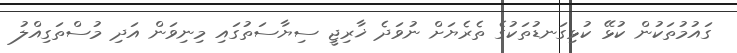
ގައުމުތަކުން ކުޅޭ ކުޅިގަނޑުތަކުގެ ތެރެޔަށް ނުވަދެ ޚާރިޖީ ސިޔާސަތުގައި މިނިވަން އަދި މުސްތަގިއްލު